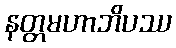
နတ္တမဟာဘိပဿ